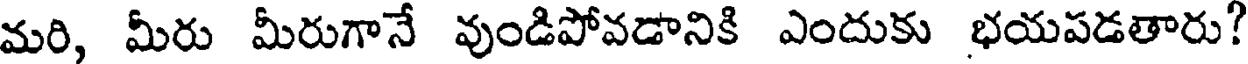
మరి, మీరు మీరుగానే వుండిపోవడానికి ఎందుకు భయపడతారు?